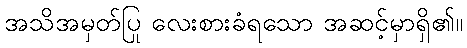
အသိအမှတ်ပြု လေးစားခံရသော အဆင့်မှာရှိ၏။